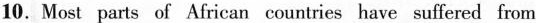
10. Most parts of African countries have suffered from